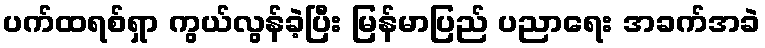
ပက်ထရစ်ရှာ ကွယ်လွန်ခဲ့ပြီး မြန်မာပြည် ပညာရေး အခက်အခဲ